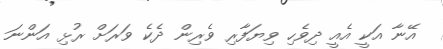
އޭނާ އަކީ އެއީ ދިވެހި ވިޔަފާރި ވެރިން ދެކެ ވަރަށް ރުޅި އަންނަ